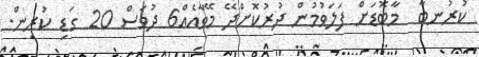
ކުރުނބާ  މާބޮޑަށް ފަލަވުމުން ދުރުކޮށްދޭ މޭވާއެއް6 ދުވަސް 20 ގަޑި ކުރިން.